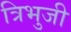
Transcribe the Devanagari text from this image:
त्रिभुजी